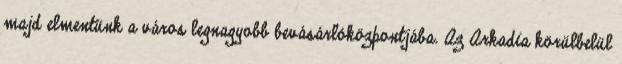
majd elmentünk a város legnagyobb bevásárlóközpontjába. Az Arkadia körülbelül